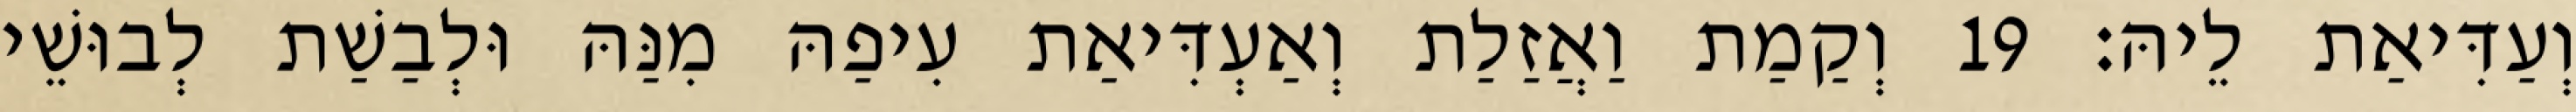
וְעַדִּיאַת לֵיהּ׃ 19 וְקַמַת וַאֲזַלַת וְאַעְדִּיאַת עִיפַהּ מִנַּהּ וּלְבַשַׁת לְבוּשֵׁי